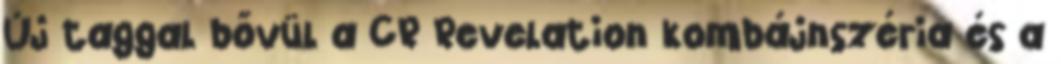
Új taggal bővül a CR Revelation kombájnszéria és a